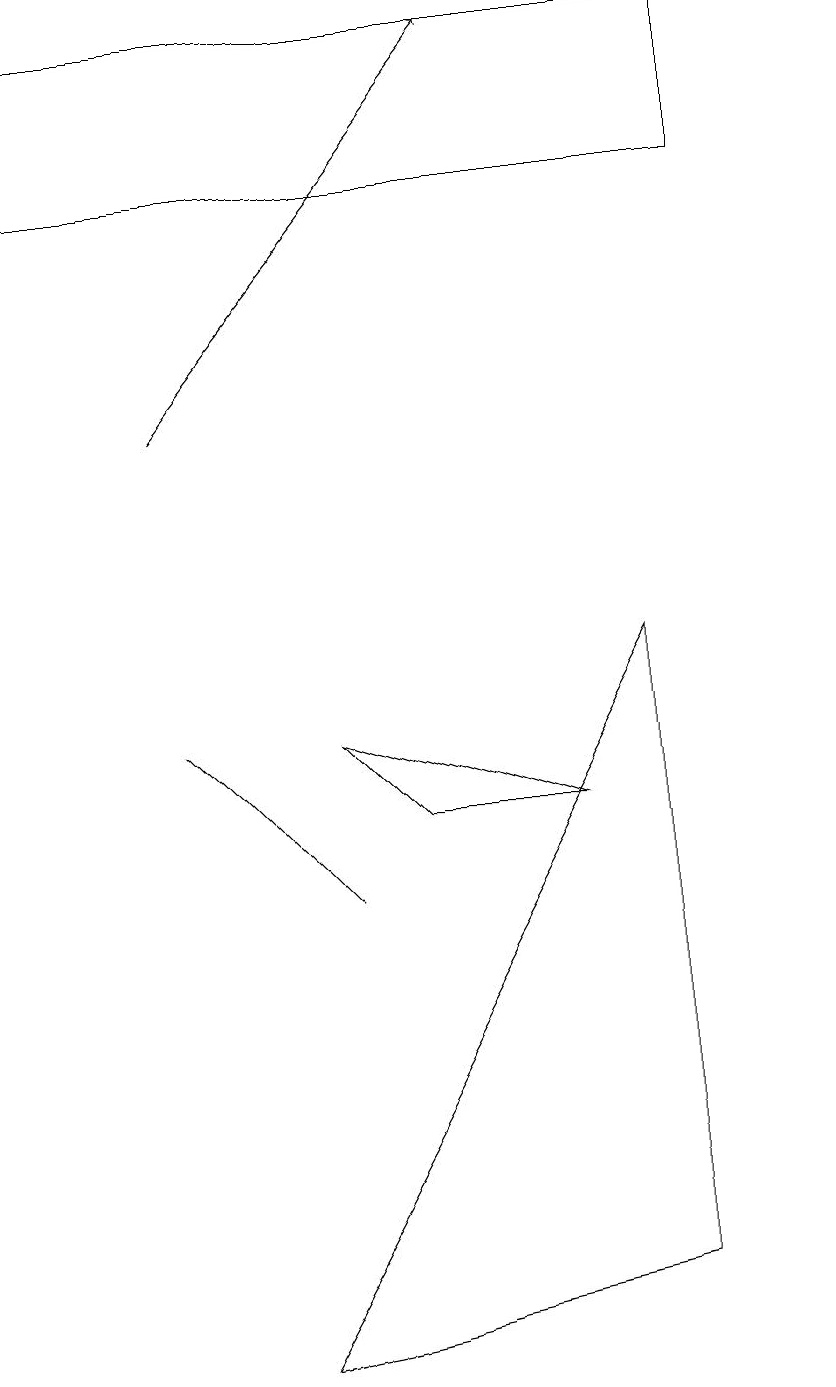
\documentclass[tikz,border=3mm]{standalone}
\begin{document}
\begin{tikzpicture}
\draw (9,15) rectangle (0,17);
\draw (3,0) -- (8,1) -- (8,9) -- cycle;
\draw (10,10) circle (0);
\draw[->] (2,12) -- (6,17);
\draw (4,8) -- (5,7) -- (7,7) -- cycle;
\draw (3,7) -- (4,6) -- (2,8) -- cycle;
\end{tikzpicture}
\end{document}